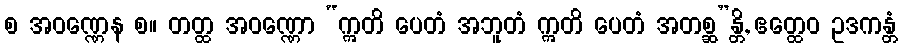
စ အဝဏ္ဏေန စ။ တတ္ထ အဝဏ္ဏော “ဣတိ ပေတံ အဘူတံ ဣတိ ပေတံ အတစ္ဆ”န္တိ, ဧတ္ထေဝ ဥဒကန္တံ